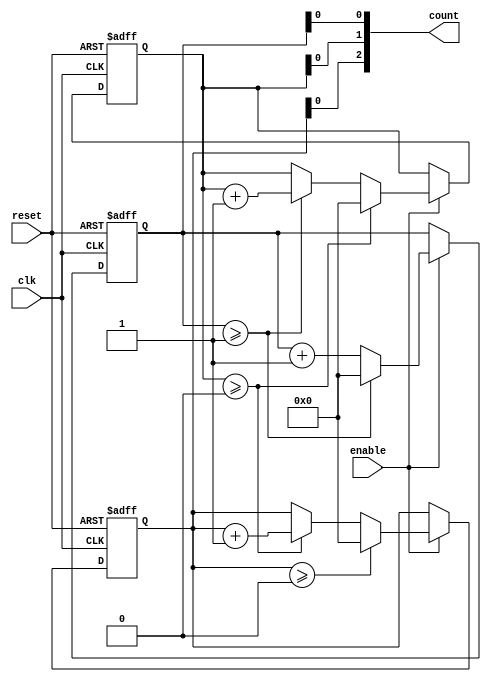
module mixed_radix_counter #(
    parameter DIGIT_COUNT = 3, // Number of digits in the counter
    parameter [0:DIGIT_COUNT-1] RADIXES = {10, 6, 4} // Radix for each digit
)(
    input wire clk,            // Clock input
    input wire reset,          // Reset input
    input wire enable,         // Enable input
    output reg [DIGIT_COUNT-1:0] count // Current count output
);

    // Internal register to hold the count values
    reg [3:0] digit [0:DIGIT_COUNT-1]; // Assuming max radix is 15 (4 bits needed)

    integer i;

    // Initialize the counter
    always @(posedge clk or posedge reset) begin
        if (reset) begin
            // Reset all digits to zero
            for (i = 0; i < DIGIT_COUNT; i = i + 1) begin
                digit[i] <= 0;
            end
        end else if (enable) begin
            // Increment the least significant digit
            digit[0] <= digit[0] + 1;

            // Handle carry for each digit
            for (i = 0; i < DIGIT_COUNT; i = i + 1) begin
                if (digit[i] >= RADIXES[i]) begin
                    digit[i] <= 0; // Reset current digit
                    if (i + 1 < DIGIT_COUNT) begin
                        digit[i + 1] <= digit[i + 1] + 1; // Increment next digit
                    end
                end
            end
        end
    end

    // Assign the output count
    always @(*) begin
        count = 0; // Initialize count
        for (i = 0; i < DIGIT_COUNT; i = i + 1) begin
            count[i] = digit[i]; // Assign digit values to count output
        end
    end

endmodule